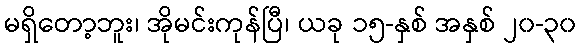
မရှိတော့ဘူး၊ အိုမင်းကုန်ပြီ၊ ယခု ၁၅-နှစ် အနှစ် ၂၀-၃၀